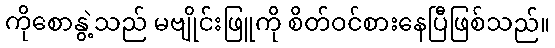
ကိုစောနွဲ့သည် မဗျိုင်းဖြူကို စိတ်ဝင်စားနေပြီဖြစ်သည်။